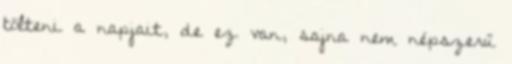
tölteni a napjait, de ez van, sajna nem népszerű